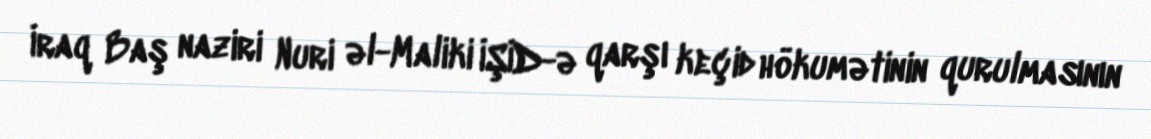
İraq Baş naziri Nuri əl-Maliki İŞİD-ə qarşı keçid hökumətinin qurulmasının